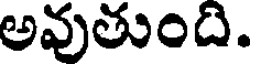
అవుతుంది.